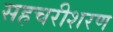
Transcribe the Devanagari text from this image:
सहचरीशरण